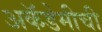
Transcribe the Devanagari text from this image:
अकॅडेमीची